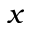
x